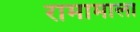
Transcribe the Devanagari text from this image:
रामामाला